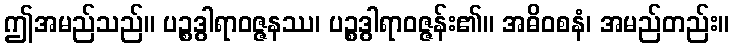
ဤအမည်သည်။ ပဉ္စဒွါရာဝဇ္ဇနဿ၊ ပဉ္စဒွါရာဝဇ္ဇန်း၏။ အဓိဝစနံ၊ အမည်တည်း။